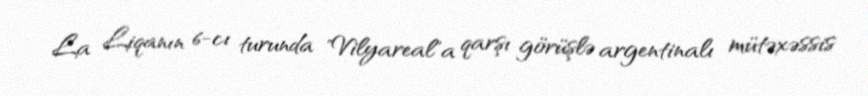
La Liqanın 6-cı turunda "Vilyareal"a qarşı görüşlə argentinalı mütəxəssis